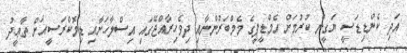
އަދި ކެންޑިޑަސީ ޔަގީން ކުރުމަށް އެމްޑީޕީގެ މެމްބަރުންނާއި ދިވެހިރާއްޖޭގައި އިސްލާހަށާއި ޑިމޮކްރަސީއަށް ތާޢީދު